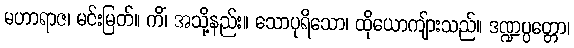
မဟာရာဇ၊ မင်းမြတ်။ ကိံ၊ အသို့နည်း။ သောပုရိသော၊ ထိုယောကျ်ားသည်။ ဒဏ္ဍပ္ပတ္တော၊